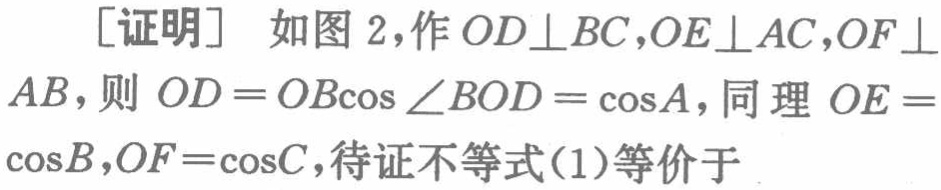
[证明] 如图 2,作 \(OD\perp BC,OE\perp AC,OF\perp AB\),则 \(OD = OB\cos\angle BOD=\cos A\),同理 \(OE = \cos B,OF=\cos C\),待证不等式(1)等价于